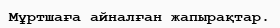
Мұртшаға айналған жапырақтар.